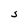
Character: S